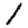
Digit: 1